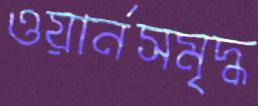
ওয়ার্নসমৃদ্ধ